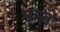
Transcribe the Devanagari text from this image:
माज़